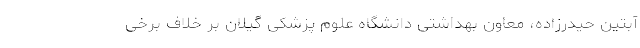
آبتین حیدرزاده، معاون بهداشتی دانشگاه علوم پزشکی گیلان بر خلاف برخی